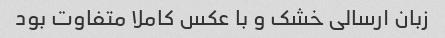
زبان ارسالی خشک و با عکس کاملا متفاوت بود